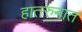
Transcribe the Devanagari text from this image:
हातरुनात